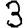
Digit: 3